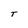
Character: T